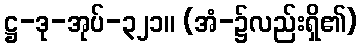
ဋ္ဌ-ဒု-အုပ်-၃၂၁။ (အံ-၌လည်းရှိ၏)